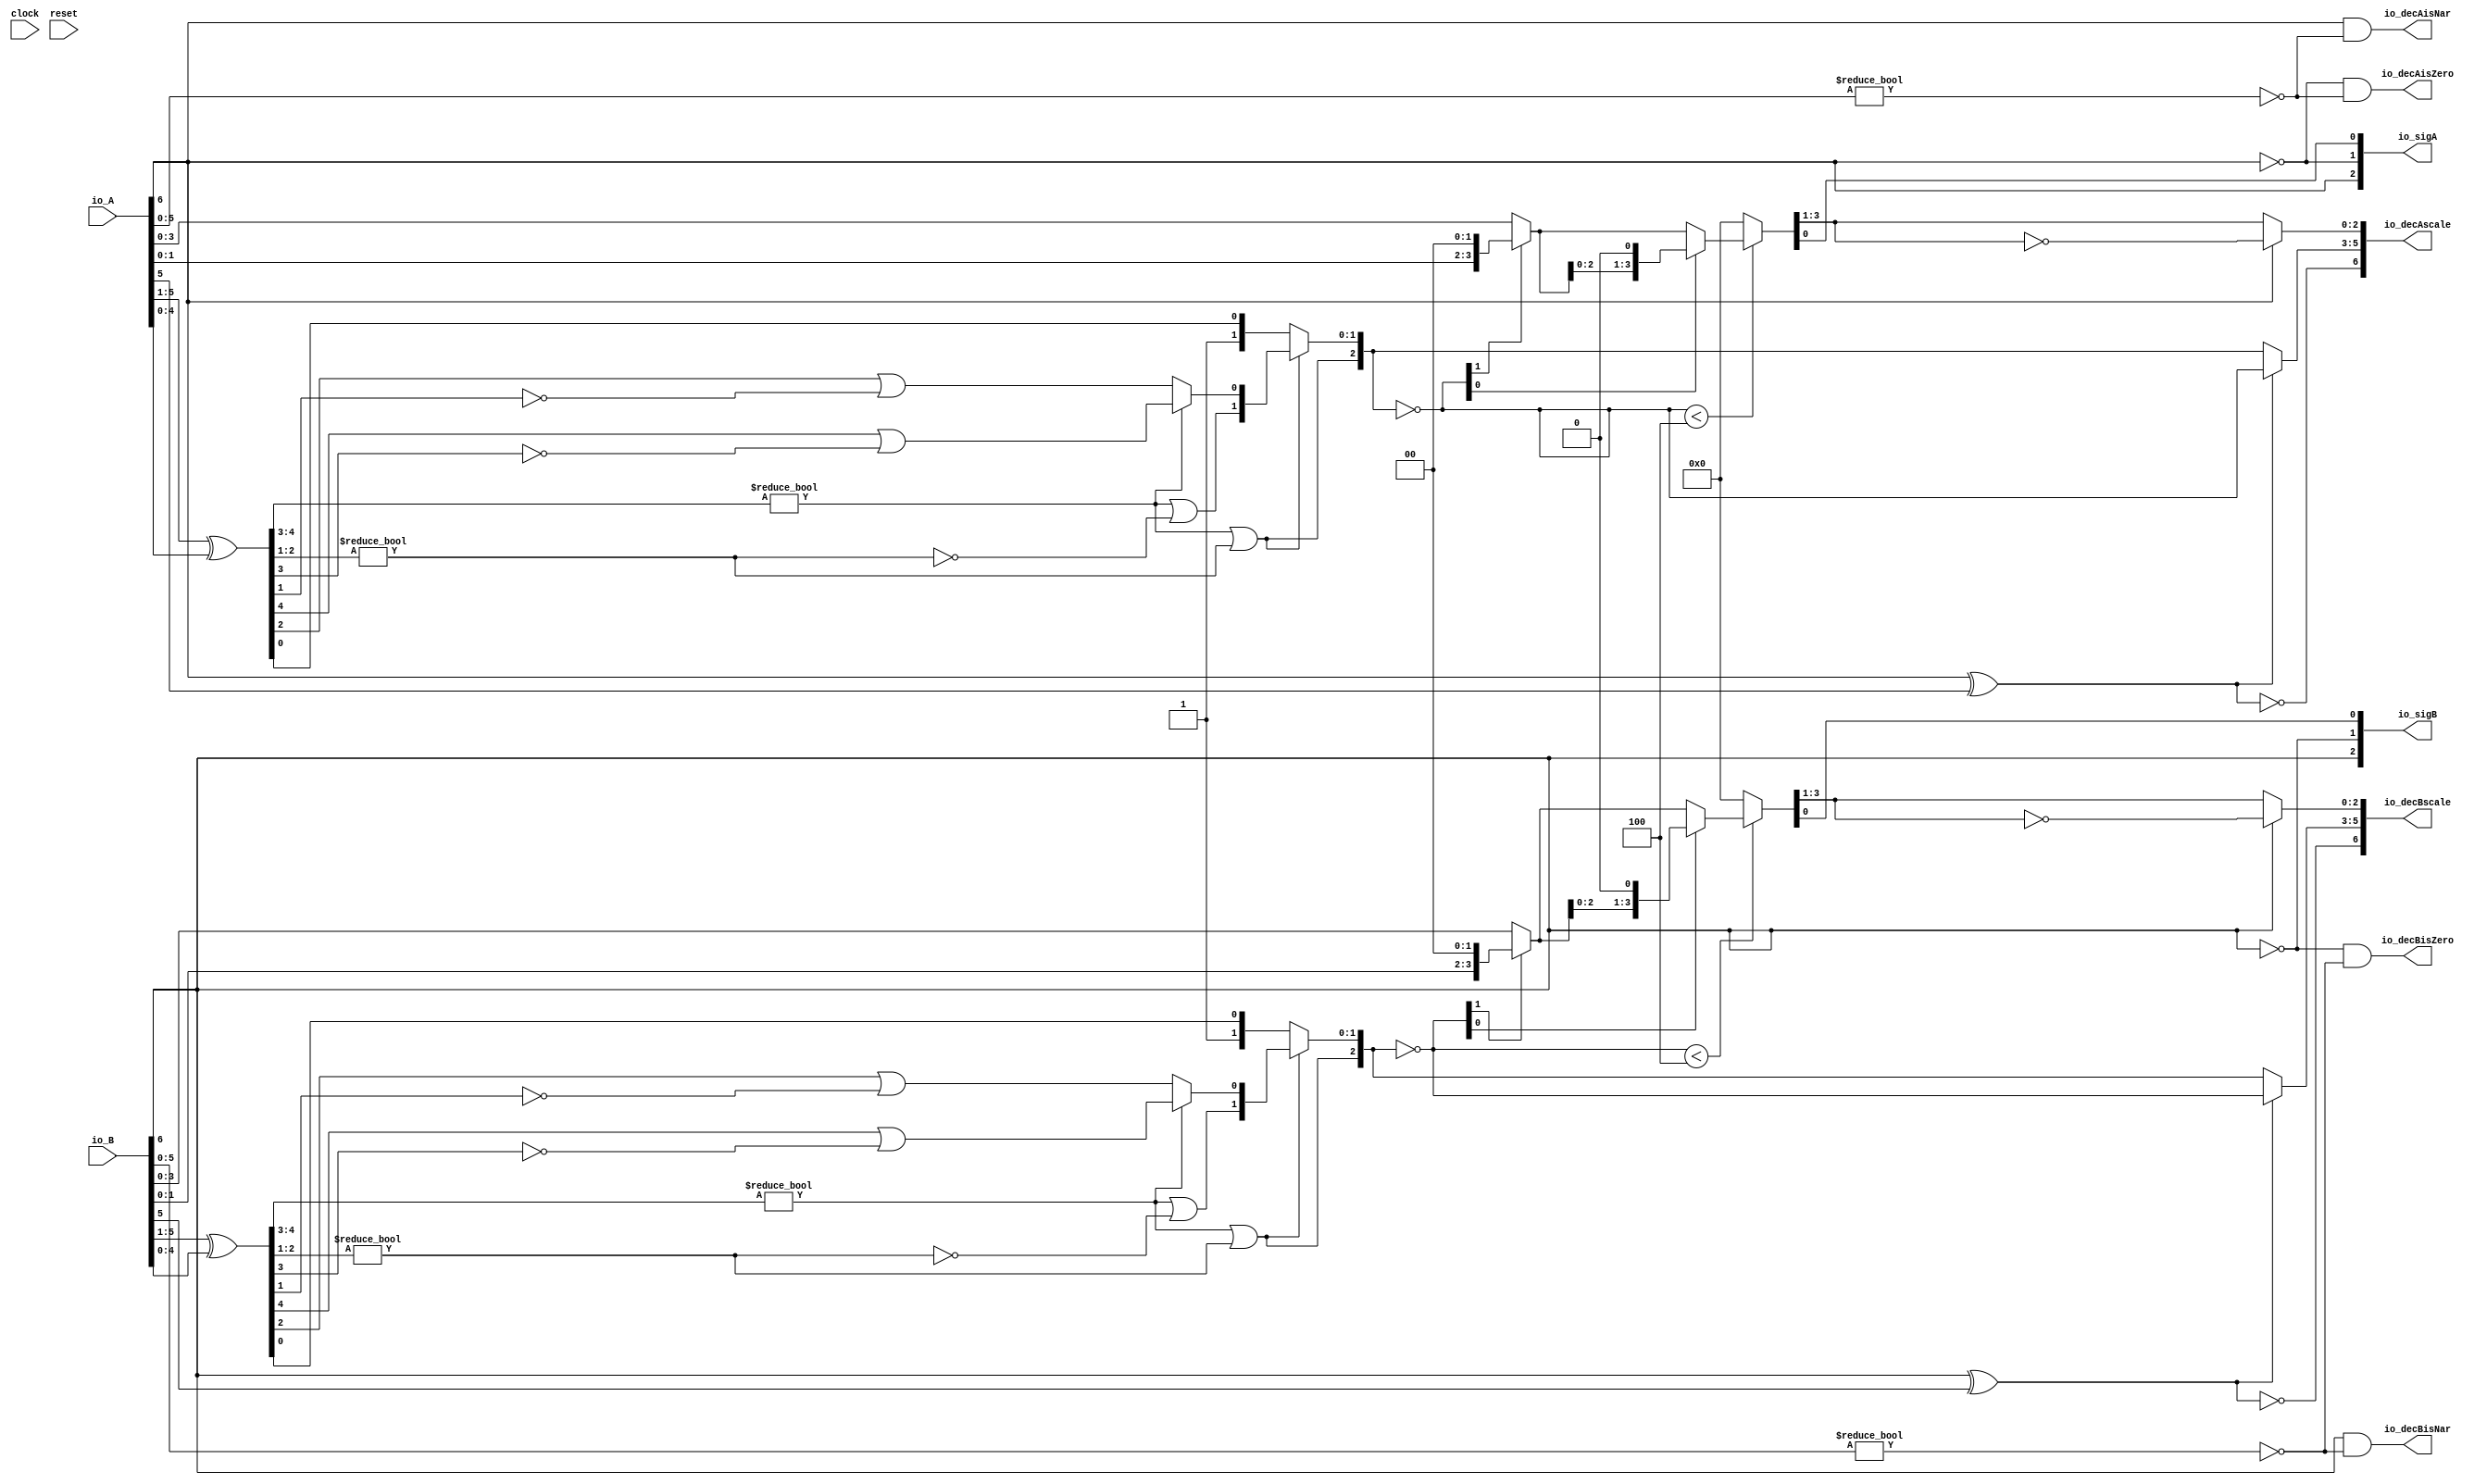
module PositMulDec7_3(
  input        clock,
  input        reset,
  input  [6:0] io_A,
  input  [6:0] io_B,
  output [2:0] io_sigA,
  output [2:0] io_sigB,
  output [6:0] io_decAscale,
  output [6:0] io_decBscale,
  output       io_decAisNar,
  output       io_decBisNar,
  output       io_decAisZero,
  output       io_decBisZero
);
  wire  _T_1; // @[convert.scala 18:24]
  wire  _T_2; // @[convert.scala 18:40]
  wire  _T_3; // @[convert.scala 18:36]
  wire [4:0] _T_4; // @[convert.scala 19:24]
  wire [4:0] _T_5; // @[convert.scala 19:43]
  wire [4:0] _T_6; // @[convert.scala 19:39]
  wire [3:0] _T_7; // @[LZD.scala 43:32]
  wire [1:0] _T_8; // @[LZD.scala 43:32]
  wire  _T_9; // @[LZD.scala 39:14]
  wire  _T_10; // @[LZD.scala 39:21]
  wire  _T_11; // @[LZD.scala 39:30]
  wire  _T_12; // @[LZD.scala 39:27]
  wire  _T_13; // @[LZD.scala 39:25]
  wire [1:0] _T_14; // @[Cat.scala 29:58]
  wire [1:0] _T_15; // @[LZD.scala 44:32]
  wire  _T_16; // @[LZD.scala 39:14]
  wire  _T_17; // @[LZD.scala 39:21]
  wire  _T_18; // @[LZD.scala 39:30]
  wire  _T_19; // @[LZD.scala 39:27]
  wire  _T_20; // @[LZD.scala 39:25]
  wire [1:0] _T_21; // @[Cat.scala 29:58]
  wire  _T_22; // @[Shift.scala 12:21]
  wire  _T_23; // @[Shift.scala 12:21]
  wire  _T_24; // @[LZD.scala 49:16]
  wire  _T_25; // @[LZD.scala 49:27]
  wire  _T_26; // @[LZD.scala 49:25]
  wire  _T_27; // @[LZD.scala 49:47]
  wire  _T_28; // @[LZD.scala 49:59]
  wire  _T_29; // @[LZD.scala 49:35]
  wire [2:0] _T_31; // @[Cat.scala 29:58]
  wire  _T_32; // @[LZD.scala 44:32]
  wire  _T_34; // @[Shift.scala 12:21]
  wire [1:0] _T_36; // @[Cat.scala 29:58]
  wire [1:0] _T_37; // @[LZD.scala 55:32]
  wire [1:0] _T_38; // @[LZD.scala 55:20]
  wire [2:0] _T_39; // @[Cat.scala 29:58]
  wire [2:0] _T_40; // @[convert.scala 21:22]
  wire [3:0] _T_41; // @[convert.scala 22:36]
  wire  _T_42; // @[Shift.scala 16:24]
  wire [1:0] _T_43; // @[Shift.scala 17:37]
  wire  _T_44; // @[Shift.scala 12:21]
  wire [1:0] _T_45; // @[Shift.scala 64:52]
  wire [3:0] _T_47; // @[Cat.scala 29:58]
  wire [3:0] _T_48; // @[Shift.scala 64:27]
  wire  _T_49; // @[Shift.scala 66:70]
  wire [2:0] _T_51; // @[Shift.scala 64:52]
  wire [3:0] _T_52; // @[Cat.scala 29:58]
  wire [3:0] _T_53; // @[Shift.scala 64:27]
  wire [3:0] _T_54; // @[Shift.scala 16:10]
  wire [2:0] _T_55; // @[convert.scala 23:34]
  wire  decA_fraction; // @[convert.scala 24:34]
  wire  _T_57; // @[convert.scala 25:26]
  wire [2:0] _T_59; // @[convert.scala 25:42]
  wire [2:0] _T_62; // @[convert.scala 26:67]
  wire [2:0] _T_63; // @[convert.scala 26:51]
  wire [6:0] _T_64; // @[Cat.scala 29:58]
  wire [5:0] _T_66; // @[convert.scala 29:56]
  wire  _T_67; // @[convert.scala 29:60]
  wire  _T_68; // @[convert.scala 29:41]
  wire  _T_71; // @[convert.scala 30:19]
  wire  _T_80; // @[convert.scala 18:24]
  wire  _T_81; // @[convert.scala 18:40]
  wire  _T_82; // @[convert.scala 18:36]
  wire [4:0] _T_83; // @[convert.scala 19:24]
  wire [4:0] _T_84; // @[convert.scala 19:43]
  wire [4:0] _T_85; // @[convert.scala 19:39]
  wire [3:0] _T_86; // @[LZD.scala 43:32]
  wire [1:0] _T_87; // @[LZD.scala 43:32]
  wire  _T_88; // @[LZD.scala 39:14]
  wire  _T_89; // @[LZD.scala 39:21]
  wire  _T_90; // @[LZD.scala 39:30]
  wire  _T_91; // @[LZD.scala 39:27]
  wire  _T_92; // @[LZD.scala 39:25]
  wire [1:0] _T_93; // @[Cat.scala 29:58]
  wire [1:0] _T_94; // @[LZD.scala 44:32]
  wire  _T_95; // @[LZD.scala 39:14]
  wire  _T_96; // @[LZD.scala 39:21]
  wire  _T_97; // @[LZD.scala 39:30]
  wire  _T_98; // @[LZD.scala 39:27]
  wire  _T_99; // @[LZD.scala 39:25]
  wire [1:0] _T_100; // @[Cat.scala 29:58]
  wire  _T_101; // @[Shift.scala 12:21]
  wire  _T_102; // @[Shift.scala 12:21]
  wire  _T_103; // @[LZD.scala 49:16]
  wire  _T_104; // @[LZD.scala 49:27]
  wire  _T_105; // @[LZD.scala 49:25]
  wire  _T_106; // @[LZD.scala 49:47]
  wire  _T_107; // @[LZD.scala 49:59]
  wire  _T_108; // @[LZD.scala 49:35]
  wire [2:0] _T_110; // @[Cat.scala 29:58]
  wire  _T_111; // @[LZD.scala 44:32]
  wire  _T_113; // @[Shift.scala 12:21]
  wire [1:0] _T_115; // @[Cat.scala 29:58]
  wire [1:0] _T_116; // @[LZD.scala 55:32]
  wire [1:0] _T_117; // @[LZD.scala 55:20]
  wire [2:0] _T_118; // @[Cat.scala 29:58]
  wire [2:0] _T_119; // @[convert.scala 21:22]
  wire [3:0] _T_120; // @[convert.scala 22:36]
  wire  _T_121; // @[Shift.scala 16:24]
  wire [1:0] _T_122; // @[Shift.scala 17:37]
  wire  _T_123; // @[Shift.scala 12:21]
  wire [1:0] _T_124; // @[Shift.scala 64:52]
  wire [3:0] _T_126; // @[Cat.scala 29:58]
  wire [3:0] _T_127; // @[Shift.scala 64:27]
  wire  _T_128; // @[Shift.scala 66:70]
  wire [2:0] _T_130; // @[Shift.scala 64:52]
  wire [3:0] _T_131; // @[Cat.scala 29:58]
  wire [3:0] _T_132; // @[Shift.scala 64:27]
  wire [3:0] _T_133; // @[Shift.scala 16:10]
  wire [2:0] _T_134; // @[convert.scala 23:34]
  wire  decB_fraction; // @[convert.scala 24:34]
  wire  _T_136; // @[convert.scala 25:26]
  wire [2:0] _T_138; // @[convert.scala 25:42]
  wire [2:0] _T_141; // @[convert.scala 26:67]
  wire [2:0] _T_142; // @[convert.scala 26:51]
  wire [6:0] _T_143; // @[Cat.scala 29:58]
  wire [5:0] _T_145; // @[convert.scala 29:56]
  wire  _T_146; // @[convert.scala 29:60]
  wire  _T_147; // @[convert.scala 29:41]
  wire  _T_150; // @[convert.scala 30:19]
  wire  _T_158; // @[PositMulDec.scala 31:34]
  wire [2:0] _T_160; // @[Cat.scala 29:58]
  wire  _T_162; // @[PositMulDec.scala 32:34]
  wire [2:0] _T_164; // @[Cat.scala 29:58]
  assign _T_1 = io_A[6]; // @[convert.scala 18:24]
  assign _T_2 = io_A[5]; // @[convert.scala 18:40]
  assign _T_3 = _T_1 ^ _T_2; // @[convert.scala 18:36]
  assign _T_4 = io_A[5:1]; // @[convert.scala 19:24]
  assign _T_5 = io_A[4:0]; // @[convert.scala 19:43]
  assign _T_6 = _T_4 ^ _T_5; // @[convert.scala 19:39]
  assign _T_7 = _T_6[4:1]; // @[LZD.scala 43:32]
  assign _T_8 = _T_7[3:2]; // @[LZD.scala 43:32]
  assign _T_9 = _T_8 != 2'h0; // @[LZD.scala 39:14]
  assign _T_10 = _T_8[1]; // @[LZD.scala 39:21]
  assign _T_11 = _T_8[0]; // @[LZD.scala 39:30]
  assign _T_12 = ~ _T_11; // @[LZD.scala 39:27]
  assign _T_13 = _T_10 | _T_12; // @[LZD.scala 39:25]
  assign _T_14 = {_T_9,_T_13}; // @[Cat.scala 29:58]
  assign _T_15 = _T_7[1:0]; // @[LZD.scala 44:32]
  assign _T_16 = _T_15 != 2'h0; // @[LZD.scala 39:14]
  assign _T_17 = _T_15[1]; // @[LZD.scala 39:21]
  assign _T_18 = _T_15[0]; // @[LZD.scala 39:30]
  assign _T_19 = ~ _T_18; // @[LZD.scala 39:27]
  assign _T_20 = _T_17 | _T_19; // @[LZD.scala 39:25]
  assign _T_21 = {_T_16,_T_20}; // @[Cat.scala 29:58]
  assign _T_22 = _T_14[1]; // @[Shift.scala 12:21]
  assign _T_23 = _T_21[1]; // @[Shift.scala 12:21]
  assign _T_24 = _T_22 | _T_23; // @[LZD.scala 49:16]
  assign _T_25 = ~ _T_23; // @[LZD.scala 49:27]
  assign _T_26 = _T_22 | _T_25; // @[LZD.scala 49:25]
  assign _T_27 = _T_14[0:0]; // @[LZD.scala 49:47]
  assign _T_28 = _T_21[0:0]; // @[LZD.scala 49:59]
  assign _T_29 = _T_22 ? _T_27 : _T_28; // @[LZD.scala 49:35]
  assign _T_31 = {_T_24,_T_26,_T_29}; // @[Cat.scala 29:58]
  assign _T_32 = _T_6[0:0]; // @[LZD.scala 44:32]
  assign _T_34 = _T_31[2]; // @[Shift.scala 12:21]
  assign _T_36 = {1'h1,_T_32}; // @[Cat.scala 29:58]
  assign _T_37 = _T_31[1:0]; // @[LZD.scala 55:32]
  assign _T_38 = _T_34 ? _T_37 : _T_36; // @[LZD.scala 55:20]
  assign _T_39 = {_T_34,_T_38}; // @[Cat.scala 29:58]
  assign _T_40 = ~ _T_39; // @[convert.scala 21:22]
  assign _T_41 = io_A[3:0]; // @[convert.scala 22:36]
  assign _T_42 = _T_40 < 3'h4; // @[Shift.scala 16:24]
  assign _T_43 = _T_40[1:0]; // @[Shift.scala 17:37]
  assign _T_44 = _T_43[1]; // @[Shift.scala 12:21]
  assign _T_45 = _T_41[1:0]; // @[Shift.scala 64:52]
  assign _T_47 = {_T_45,2'h0}; // @[Cat.scala 29:58]
  assign _T_48 = _T_44 ? _T_47 : _T_41; // @[Shift.scala 64:27]
  assign _T_49 = _T_43[0:0]; // @[Shift.scala 66:70]
  assign _T_51 = _T_48[2:0]; // @[Shift.scala 64:52]
  assign _T_52 = {_T_51,1'h0}; // @[Cat.scala 29:58]
  assign _T_53 = _T_49 ? _T_52 : _T_48; // @[Shift.scala 64:27]
  assign _T_54 = _T_42 ? _T_53 : 4'h0; // @[Shift.scala 16:10]
  assign _T_55 = _T_54[3:1]; // @[convert.scala 23:34]
  assign decA_fraction = _T_54[0:0]; // @[convert.scala 24:34]
  assign _T_57 = _T_3 == 1'h0; // @[convert.scala 25:26]
  assign _T_59 = _T_3 ? _T_40 : _T_39; // @[convert.scala 25:42]
  assign _T_62 = ~ _T_55; // @[convert.scala 26:67]
  assign _T_63 = _T_1 ? _T_62 : _T_55; // @[convert.scala 26:51]
  assign _T_64 = {_T_57,_T_59,_T_63}; // @[Cat.scala 29:58]
  assign _T_66 = io_A[5:0]; // @[convert.scala 29:56]
  assign _T_67 = _T_66 != 6'h0; // @[convert.scala 29:60]
  assign _T_68 = ~ _T_67; // @[convert.scala 29:41]
  assign _T_71 = _T_1 == 1'h0; // @[convert.scala 30:19]
  assign _T_80 = io_B[6]; // @[convert.scala 18:24]
  assign _T_81 = io_B[5]; // @[convert.scala 18:40]
  assign _T_82 = _T_80 ^ _T_81; // @[convert.scala 18:36]
  assign _T_83 = io_B[5:1]; // @[convert.scala 19:24]
  assign _T_84 = io_B[4:0]; // @[convert.scala 19:43]
  assign _T_85 = _T_83 ^ _T_84; // @[convert.scala 19:39]
  assign _T_86 = _T_85[4:1]; // @[LZD.scala 43:32]
  assign _T_87 = _T_86[3:2]; // @[LZD.scala 43:32]
  assign _T_88 = _T_87 != 2'h0; // @[LZD.scala 39:14]
  assign _T_89 = _T_87[1]; // @[LZD.scala 39:21]
  assign _T_90 = _T_87[0]; // @[LZD.scala 39:30]
  assign _T_91 = ~ _T_90; // @[LZD.scala 39:27]
  assign _T_92 = _T_89 | _T_91; // @[LZD.scala 39:25]
  assign _T_93 = {_T_88,_T_92}; // @[Cat.scala 29:58]
  assign _T_94 = _T_86[1:0]; // @[LZD.scala 44:32]
  assign _T_95 = _T_94 != 2'h0; // @[LZD.scala 39:14]
  assign _T_96 = _T_94[1]; // @[LZD.scala 39:21]
  assign _T_97 = _T_94[0]; // @[LZD.scala 39:30]
  assign _T_98 = ~ _T_97; // @[LZD.scala 39:27]
  assign _T_99 = _T_96 | _T_98; // @[LZD.scala 39:25]
  assign _T_100 = {_T_95,_T_99}; // @[Cat.scala 29:58]
  assign _T_101 = _T_93[1]; // @[Shift.scala 12:21]
  assign _T_102 = _T_100[1]; // @[Shift.scala 12:21]
  assign _T_103 = _T_101 | _T_102; // @[LZD.scala 49:16]
  assign _T_104 = ~ _T_102; // @[LZD.scala 49:27]
  assign _T_105 = _T_101 | _T_104; // @[LZD.scala 49:25]
  assign _T_106 = _T_93[0:0]; // @[LZD.scala 49:47]
  assign _T_107 = _T_100[0:0]; // @[LZD.scala 49:59]
  assign _T_108 = _T_101 ? _T_106 : _T_107; // @[LZD.scala 49:35]
  assign _T_110 = {_T_103,_T_105,_T_108}; // @[Cat.scala 29:58]
  assign _T_111 = _T_85[0:0]; // @[LZD.scala 44:32]
  assign _T_113 = _T_110[2]; // @[Shift.scala 12:21]
  assign _T_115 = {1'h1,_T_111}; // @[Cat.scala 29:58]
  assign _T_116 = _T_110[1:0]; // @[LZD.scala 55:32]
  assign _T_117 = _T_113 ? _T_116 : _T_115; // @[LZD.scala 55:20]
  assign _T_118 = {_T_113,_T_117}; // @[Cat.scala 29:58]
  assign _T_119 = ~ _T_118; // @[convert.scala 21:22]
  assign _T_120 = io_B[3:0]; // @[convert.scala 22:36]
  assign _T_121 = _T_119 < 3'h4; // @[Shift.scala 16:24]
  assign _T_122 = _T_119[1:0]; // @[Shift.scala 17:37]
  assign _T_123 = _T_122[1]; // @[Shift.scala 12:21]
  assign _T_124 = _T_120[1:0]; // @[Shift.scala 64:52]
  assign _T_126 = {_T_124,2'h0}; // @[Cat.scala 29:58]
  assign _T_127 = _T_123 ? _T_126 : _T_120; // @[Shift.scala 64:27]
  assign _T_128 = _T_122[0:0]; // @[Shift.scala 66:70]
  assign _T_130 = _T_127[2:0]; // @[Shift.scala 64:52]
  assign _T_131 = {_T_130,1'h0}; // @[Cat.scala 29:58]
  assign _T_132 = _T_128 ? _T_131 : _T_127; // @[Shift.scala 64:27]
  assign _T_133 = _T_121 ? _T_132 : 4'h0; // @[Shift.scala 16:10]
  assign _T_134 = _T_133[3:1]; // @[convert.scala 23:34]
  assign decB_fraction = _T_133[0:0]; // @[convert.scala 24:34]
  assign _T_136 = _T_82 == 1'h0; // @[convert.scala 25:26]
  assign _T_138 = _T_82 ? _T_119 : _T_118; // @[convert.scala 25:42]
  assign _T_141 = ~ _T_134; // @[convert.scala 26:67]
  assign _T_142 = _T_80 ? _T_141 : _T_134; // @[convert.scala 26:51]
  assign _T_143 = {_T_136,_T_138,_T_142}; // @[Cat.scala 29:58]
  assign _T_145 = io_B[5:0]; // @[convert.scala 29:56]
  assign _T_146 = _T_145 != 6'h0; // @[convert.scala 29:60]
  assign _T_147 = ~ _T_146; // @[convert.scala 29:41]
  assign _T_150 = _T_80 == 1'h0; // @[convert.scala 30:19]
  assign _T_158 = ~ _T_1; // @[PositMulDec.scala 31:34]
  assign _T_160 = {_T_1,_T_158,decA_fraction}; // @[Cat.scala 29:58]
  assign _T_162 = ~ _T_80; // @[PositMulDec.scala 32:34]
  assign _T_164 = {_T_80,_T_162,decB_fraction}; // @[Cat.scala 29:58]
  assign io_sigA = $signed(_T_160); // @[PositMulDec.scala 31:16]
  assign io_sigB = $signed(_T_164); // @[PositMulDec.scala 32:16]
  assign io_decAscale = $signed(_T_64); // @[PositMulDec.scala 33:16]
  assign io_decBscale = $signed(_T_143); // @[PositMulDec.scala 34:16]
  assign io_decAisNar = _T_1 & _T_68; // @[PositMulDec.scala 35:16]
  assign io_decBisNar = _T_80 & _T_147; // @[PositMulDec.scala 36:16]
  assign io_decAisZero = _T_71 & _T_68; // @[PositMulDec.scala 37:17]
  assign io_decBisZero = _T_150 & _T_147; // @[PositMulDec.scala 38:17]
endmodule